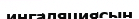
ингаляциясын